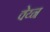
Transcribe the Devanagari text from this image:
वेय्न